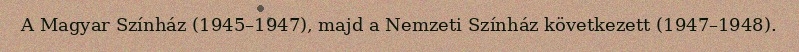
A Magyar Színház (1945–1947), majd a Nemzeti Színház következett (1947–1948).